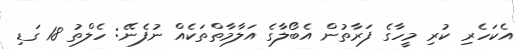
އެކަހެރި ކުރި މީހާގެ ފަރާތުން އެބޯލާގެ އަލާމާތްތަކެއް ނުފެނޭ: ހެލްތު 18 ގަޑި